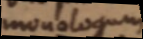
monologum